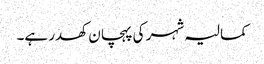
کمالیہ شہر کی پہچان کھدر ہے۔